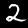
Label: 2